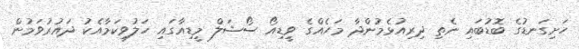
ހަށިގަނޑުގެ ބޮޑުބައި ނެތި ދިރިއުޅެމުންދާ މަހެއްގެ ވީޑިއޯ ސޯޝަލް މީޑިއާގައި ހަލުވިކަމާއެކު ދައުރުވަމުން